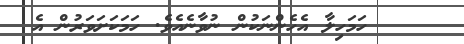
١١    ހަމަހިލާ އެހެންނަކުން ނުވާނެއެވެ. ހަމަކަށަވަރުން އެ